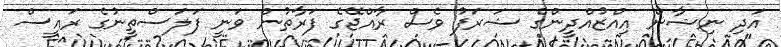
އަދި ނިޝާން އިއްޒުއްދީންގެ ޝަރަފު ވެސް ރާއްޖޭގެ ފަރާތުން ވަނީ ފަލަސްތީނުގެ ރައީސް